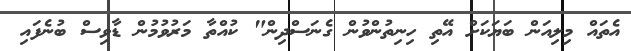
އެތައް މިލިއަން ބަޔަކަށް އޭތި ހިނިތުންވުން ގެނަސްދިން" ކުއްތާ މަރުވުމުން ޑާވިސް ބުނެފައި